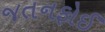
જતનફોઈ